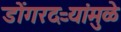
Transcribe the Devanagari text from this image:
डोंगरदऱ्यांमुळे